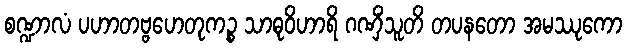
စဏ္ဍာလံ ပဟာတဗ္ဗဟေတုကဉ္စ သာဓုဝိဟာရိ ဂဏှိံသူတိ တပနတော အမဿုကော